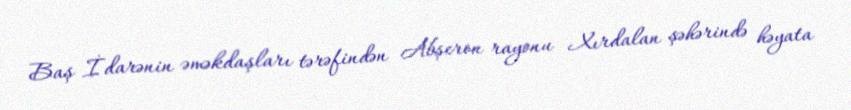
Baş İdarənin əməkdaşları tərəfindən Abşeron rayonu Xırdalan şəhərində həyata